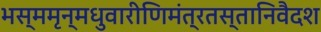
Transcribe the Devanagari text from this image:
भस्ममृन्मधुवारीणिमंत्रतस्तानिवैदश